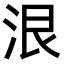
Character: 泿